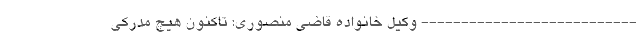
--------------------------- وکیل خانواده قاضی منصوری: تاکنون هیچ مدرکی